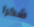
شكرا